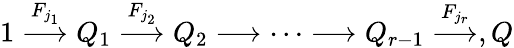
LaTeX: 1\stackrel{F_{j_{1}}}{\longrightarrow}Q_{1}\stackrel{F_{j_{2}}}{\longrightarrow}Q_{2}\longrightarrow\cdots\longrightarrow Q_{r-1}\stackrel{F_{j_{r}}}{\longrightarrow},Q